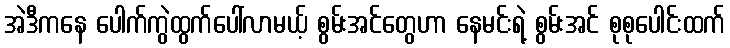
အဲဒီကနေ ပေါက်ကွဲထွက်ပေါ်လာမယ့် စွမ်းအင်တွေဟာ နေမင်းရဲ့ စွမ်းအင် စုစုပေါင်းထက်